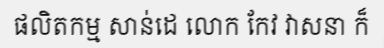
ផលិតកម្ម សាន់ដេ លោក កែវ វាសនា ក៏